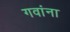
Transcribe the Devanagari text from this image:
गवांना